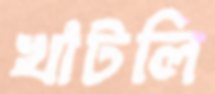
খাটলি